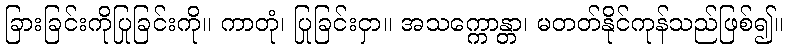
ခြားခြင်းကိုပြုခြင်းကို။ ကာတုံ၊ ပြုခြင်းငှာ။ အသက္ကောန္တာ၊ မတတ်နိုင်ကုန်သည်ဖြစ်၍။